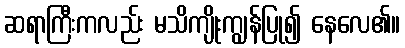
ဆရာကြီးကလည်း မသိကျိုးကျွန်ပြု၍ နေလေ၏။